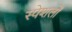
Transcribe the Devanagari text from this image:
स्पेशलों